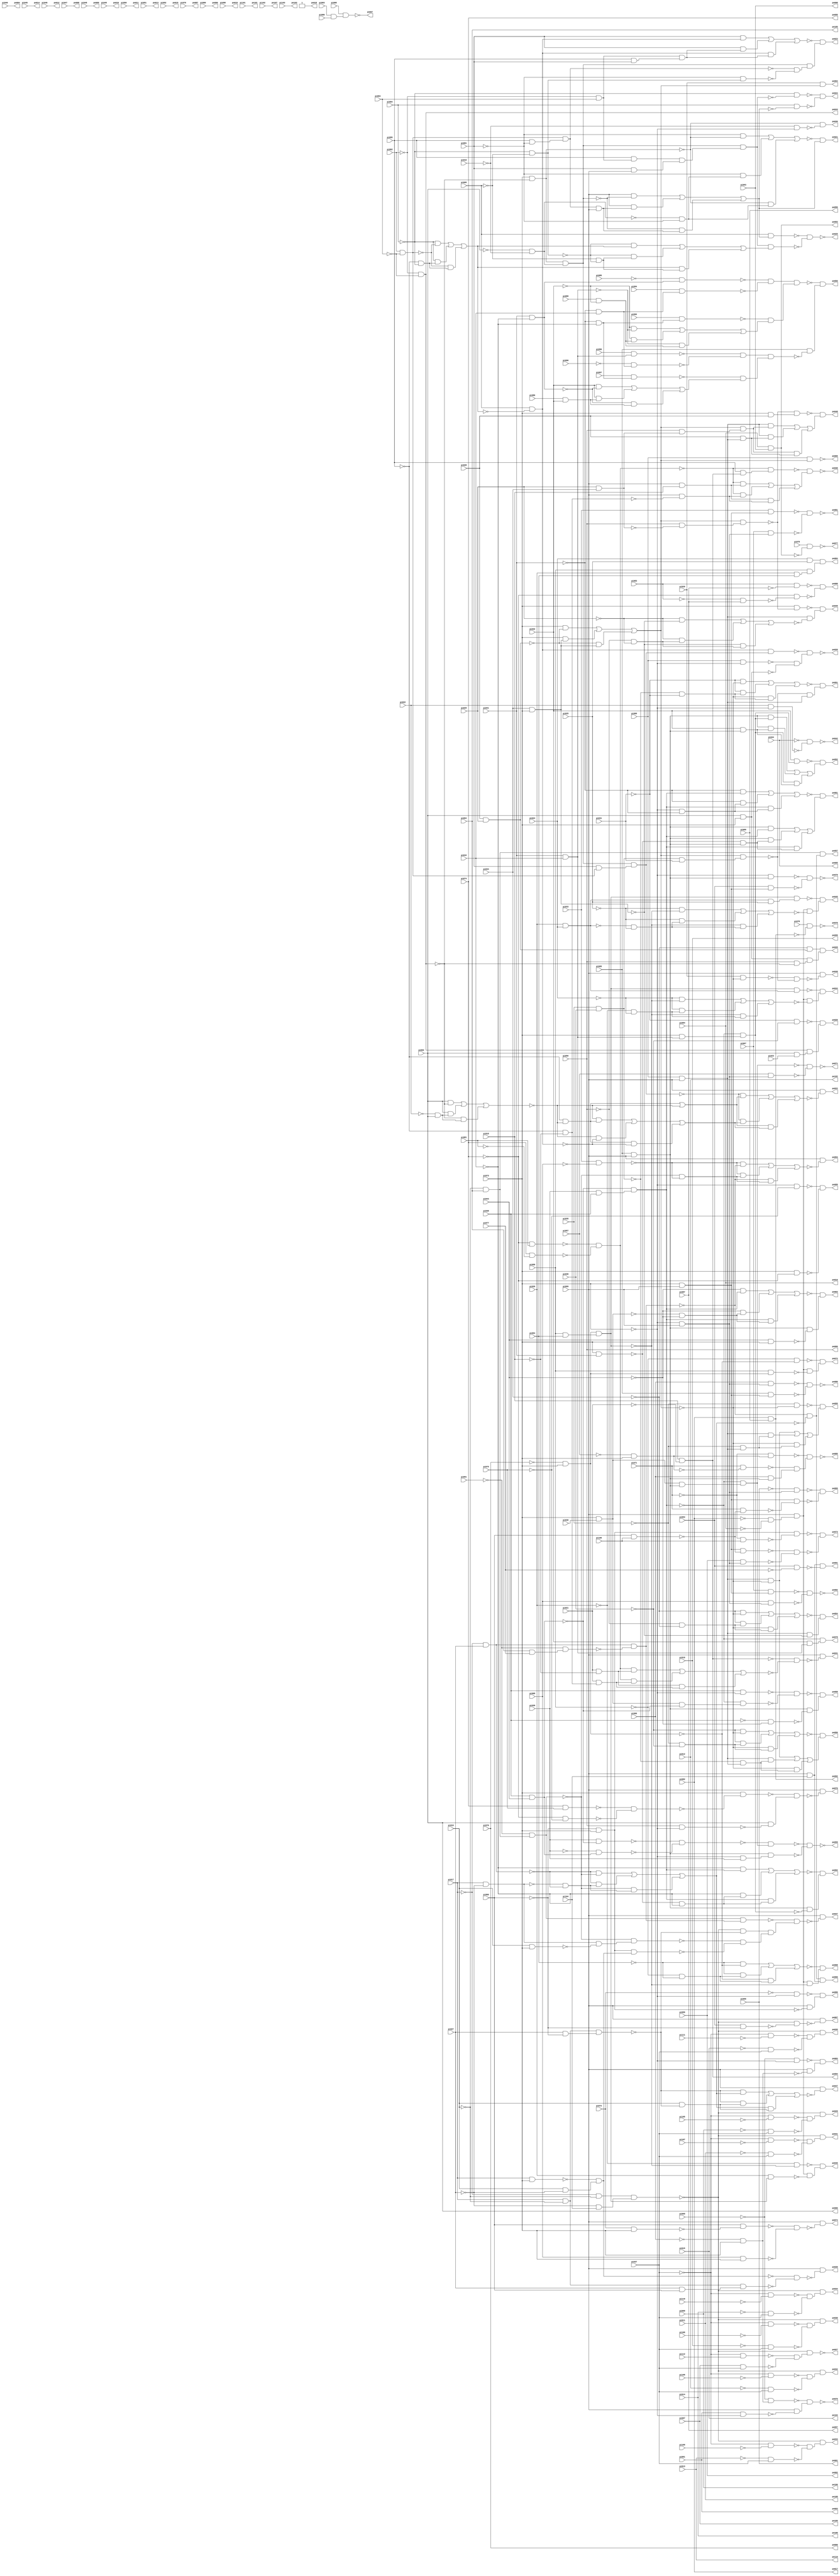
//Written by the Majority Logic Package Thu Apr 30 16:23:17 2015
module top (
            pi000, pi001, pi002, pi003, pi004, pi005, pi006, pi007, pi008, pi009, pi010, pi011, pi012, pi013, pi014, pi015, pi016, pi017, pi018, pi019, pi020, pi021, pi022, pi023, pi024, pi025, pi026, pi027, pi028, pi029, pi030, pi031, pi032, pi033, pi034, pi035, pi036, pi037, pi038, pi039, pi040, pi041, pi042, pi043, pi044, pi045, pi046, pi047, pi048, pi049, pi050, pi051, pi052, pi053, pi054, pi055, pi056, pi057, pi058, pi059, pi060, pi061, pi062, pi063, pi064, pi065, pi066, pi067, pi068, pi069, pi070, pi071, pi072, pi073, pi074, pi075, pi076, pi077, pi078, pi079, pi080, pi081, pi082, pi083, pi084, pi085, pi086, pi087, pi088, pi089, pi090, pi091, pi092, pi093, pi094, pi095, pi096, pi097, pi098, pi099, pi100, pi101, pi102, pi103, pi104, pi105, pi106, pi107, pi108, pi109, pi110, pi111, pi112, 
            po000, po001, po002, po003, po004, po005, po006, po007, po008, po009, po010, po011, po012, po013, po014, po015, po016, po017, po018, po019, po020, po021, po022, po023, po024, po025, po026, po027, po028, po029, po030, po031, po032, po033, po034, po035, po036, po037, po038, po039, po040, po041, po042, po043, po044, po045, po046, po047, po048, po049, po050, po051, po052, po053, po054, po055, po056, po057, po058, po059, po060, po061, po062, po063, po064, po065, po066, po067, po068, po069, po070, po071, po072, po073, po074, po075, po076, po077, po078, po079, po080, po081, po082, po083, po084, po085, po086, po087, po088, po089, po090, po091, po092, po093, po094, po095, po096, po097, po098, po099, po100, po101, po102, po103, po104, po105, po106, po107, po108, po109, po110);
input pi000, pi001, pi002, pi003, pi004, pi005, pi006, pi007, pi008, pi009, pi010, pi011, pi012, pi013, pi014, pi015, pi016, pi017, pi018, pi019, pi020, pi021, pi022, pi023, pi024, pi025, pi026, pi027, pi028, pi029, pi030, pi031, pi032, pi033, pi034, pi035, pi036, pi037, pi038, pi039, pi040, pi041, pi042, pi043, pi044, pi045, pi046, pi047, pi048, pi049, pi050, pi051, pi052, pi053, pi054, pi055, pi056, pi057, pi058, pi059, pi060, pi061, pi062, pi063, pi064, pi065, pi066, pi067, pi068, pi069, pi070, pi071, pi072, pi073, pi074, pi075, pi076, pi077, pi078, pi079, pi080, pi081, pi082, pi083, pi084, pi085, pi086, pi087, pi088, pi089, pi090, pi091, pi092, pi093, pi094, pi095, pi096, pi097, pi098, pi099, pi100, pi101, pi102, pi103, pi104, pi105, pi106, pi107, pi108, pi109, pi110, pi111, pi112;
output po000, po001, po002, po003, po004, po005, po006, po007, po008, po009, po010, po011, po012, po013, po014, po015, po016, po017, po018, po019, po020, po021, po022, po023, po024, po025, po026, po027, po028, po029, po030, po031, po032, po033, po034, po035, po036, po037, po038, po039, po040, po041, po042, po043, po044, po045, po046, po047, po048, po049, po050, po051, po052, po053, po054, po055, po056, po057, po058, po059, po060, po061, po062, po063, po064, po065, po066, po067, po068, po069, po070, po071, po072, po073, po074, po075, po076, po077, po078, po079, po080, po081, po082, po083, po084, po085, po086, po087, po088, po089, po090, po091, po092, po093, po094, po095, po096, po097, po098, po099, po100, po101, po102, po103, po104, po105, po106, po107, po108, po109, po110;
wire one, w0, w1, w2, w3, w4, w5, w6, w7, w8, w9, w10, w11, w12, w13, w14, w15, w16, w17, w18, w19, w20, w21, w22, w23, w24, w25, w26, w27, w28, w29, w30, w31, w32, w33, w34, w35, w36, w37, w38, w39, w40, w41, w42, w43, w44, w45, w46, w47, w48, w49, w50, w51, w52, w53, w54, w55, w56, w57, w58, w59, w60, w61, w62, w63, w64, w65, w66, w67, w68, w69, w70, w71, w72, w73, w74, w75, w76, w77, w78, w79, w80, w81, w82, w83, w84, w85, w86, w87, w88, w89, w90, w91, w92, w93, w94, w95, w96, w97, w98, w99, w100, w101, w102, w103, w104, w105, w106, w107, w108, w109, w110, w111, w112, w113, w114, w115, w116, w117, w118, w119, w120, w121, w122, w123, w124, w125, w126, w127, w128, w129, w130, w131, w132, w133, w134, w135, w136, w137, w138, w139, w140, w141, w142, w143, w144, w145, w146, w147, w148, w149, w150, w151, w152, w153, w154, w155, w156, w157, w158, w159, w160, w161, w162, w163, w164, w165, w166, w167, w168, w169, w170, w171, w172, w173, w174, w175, w176, w177, w178, w179, w180, w181, w182, w183, w184, w185, w186, w187, w188, w189, w190, w191, w192, w193, w194, w195, w196, w197, w198, w199, w200, w201, w202, w203, w204, w205, w206, w207, w208, w209, w210, w211, w212, w213, w214, w215, w216, w217, w218, w219, w220, w221, w222, w223, w224, w225, w226, w227, w228, w229, w230, w231, w232, w233, w234, w235, w236, w237, w238, w239, w240, w241, w242, w243, w244, w245, w246, w247, w248, w249, w250, w251, w252, w253, w254, w255, w256, w257, w258, w259, w260, w261, w262, w263, w264, w265, w266, w267, w268, w269, w270, w271, w272, w273, w274, w275, w276, w277, w278, w279, w280, w281, w282, w283, w284, w285, w286, w287, w288, w289, w290, w291, w292, w293, w294, w295, w296, w297, w298, w299, w300, w301, w302, w303, w304, w305, w306, w307, w308, w309, w310, w311, w312, w313, w314, w315, w316, w317, w318, w319, w320, w321, w322, w323, w324, w325, w326, w327, w328, w329, w330, w331, w332, w333, w334, w335, w336, w337, w338, w339, w340, w341, w342, w343, w344, w345, w346, w347, w348, w349, w350, w351, w352, w353, w354, w355, w356, w357, w358, w359, w360, w361, w362, w363, w364, w365, w366, w367, w368, w369, w370, w371;
assign w0 = w244 & w136;
assign w1 = (w311 & w268) | (w311 & w199) | (w268 & w199);
assign w2 = (~pi004 & ~w281) | (~pi004 & w227) | (~w281 & w227);
assign w3 = ~pi022 & pi002;
assign w4 = w91 & w90;
assign w5 = (~pi041 & w264) | (~pi041 & w363) | (w264 & w363);
assign w6 = pi017 & pi073;
assign w7 = w249 & ~w245;
assign w8 = ~pi041 & pi042;
assign w9 = ~w111 & w350;
assign w10 = pi001 & pi099;
assign w11 = pi001 & w281;
assign w12 = pi073 & ~w47;
assign w13 = w139 & w17;
assign w14 = w53 & w100;
assign w15 = w311 & ~w268;
assign w16 = pi082 & pi089;
assign w17 = ~w299 & ~w239;
assign w18 = ~pi074 & pi081;
assign w19 = w261 & w7;
assign w20 = pi038 & pi043;
assign w21 = ~w336 & w349;
assign w22 = pi083 & ~pi087;
assign w23 = pi099 & ~w278;
assign w24 = ~w226 & ~w103;
assign w25 = (pi001 & w144) | (pi001 & w205) | (w144 & w205);
assign w26 = w77 & ~w85;
assign w27 = ~w59 & w35;
assign w28 = pi078 & ~w16;
assign w29 = w46 | ~w80;
assign w30 = ~w220 & w161;
assign w31 = pi084 & pi093;
assign w32 = ~pi019 & pi064;
assign w33 = ~w5 & w126;
assign w34 = pi079 & ~w31;
assign w35 = ~w351 & ~w72;
assign w36 = ~w111 & w70;
assign w37 = (~w355 & w29) | (~w355 & w258) | (w29 & w258);
assign w38 = pi056 & ~w94;
assign w39 = ~pi037 & ~pi110;
assign w40 = pi088 & ~pi032;
assign w41 = ~pi038 & ~pi043;
assign w42 = (~pi034 & ~w91) | (~pi034 & w182) | (~w91 & w182);
assign w43 = w63 & ~w279;
assign w44 = w166 & w67;
assign w45 = (~pi032 & ~w75) | (~pi032 & w40) | (~w75 & w40);
assign w46 = ~pi095 & ~w80;
assign w47 = ~w150 & ~w131;
assign w48 = ~pi066 & pi073;
assign w49 = w281 & w308;
assign w50 = w314 & w83;
assign w51 = ~w257 & w273;
assign w52 = ~pi037 & ~pi107;
assign w53 = ~w7 & ~w238;
assign w54 = ~w342 & ~w370;
assign w55 = pi033 & w63;
assign w56 = w325 & pi031;
assign w57 = pi095 & w337;
assign w58 = w311 & ~w41;
assign w59 = w144 & w355;
assign w60 = ~w111 & w266;
assign w61 = pi099 & ~w240;
assign w62 = w334 & ~w97;
assign w63 = pi073 & pi099;
assign w64 = ~w218 & w260;
assign w65 = ~pi058 & ~w73;
assign w66 = ~w165 & w251;
assign w67 = ~w323 & w45;
assign w68 = pi099 & ~w344;
assign w69 = ~w193 & ~w255;
assign w70 = ~w287 & ~w223;
assign w71 = ~w19 & w13;
assign w72 = pi002 & pi073;
assign w73 = ~pi070 & pi073;
assign w74 = ~w367 & w21;
assign w75 = pi041 & pi042;
assign w76 = ~w145 & ~w156;
assign w77 = pi000 & pi099;
assign w78 = w72 & w313;
assign w79 = pi099 & ~w250;
assign w80 = (pi002 & ~w288) | (pi002 & w3) | (~w288 & w3);
assign w81 = ~w111 & w338;
assign w82 = ~pi001 & w290;
assign w83 = pi027 & ~pi060;
assign w84 = ~w65 & w189;
assign w85 = pi034 & pi073;
assign w86 = ~w325 & ~pi031;
assign w87 = ~pi015 & pi037;
assign w88 = w334 & ~w152;
assign w89 = pi096 & w75;
assign w90 = pi056 & w94;
assign w91 = (pi073 & ~w280) | (pi073 & w85) | (~w280 & w85);
assign w92 = ~w39 & ~w225;
assign w93 = ~w180 & w339;
assign w94 = pi029 & pi034;
assign w95 = ~w12 & w116;
assign w96 = ~w111 & w107;
assign w97 = (~pi025 & ~w232) | (~pi025 & w222) | (~w232 & w222);
assign w98 = ~w264 & w179;
assign w99 = ~w286 & w77;
assign w100 = pi099 & pi104;
assign w101 = ~pi090 & w8;
assign w102 = ~w55 & ~w362;
assign w103 = pi007 & pi037;
assign w104 = ~w111 & w24;
assign w105 = ~w111 & w253;
assign w106 = ~w292 & ~w137;
assign w107 = ~w187 & ~w87;
assign w108 = ~w204 & ~w340;
assign w109 = pi032 & w75;
assign w110 = pi032 & w268;
assign w111 = w295 & w209;
assign w112 = pi053 & ~pi077;
assign w113 = pi094 & w8;
assign w114 = ~w25 & w0;
assign w115 = pi021 & w213;
assign w116 = pi002 & ~w167;
assign w117 = pi022 & ~pi073;
assign w118 = pi073 & w75;
assign w119 = ~pi044 & ~w117;
assign w120 = ~w186 & w364;
assign w121 = (~w290 & w2) | (~w290 & w318) | (w2 & w318);
assign w122 = pi059 & w293;
assign w123 = ~pi026 & ~pi024;
assign w124 = ~w18 & ~w135;
assign w125 = w312 & w78;
assign w126 = (w311 & w264) | (w311 & w195) | (w264 & w195);
assign w127 = w341 & w10;
assign w128 = pi099 & ~w177;
assign w129 = w32 & w53;
assign w130 = pi099 & ~w254;
assign w131 = ~pi074 & ~pi075;
assign w132 = w232 & w140;
assign w133 = pi020 & w91;
assign w134 = ~w309 & w283;
assign w135 = pi074 & ~pi081;
assign w136 = ~w49 & ~w82;
assign w137 = pi053 & w63;
assign w138 = pi058 & w73;
assign w139 = ~w111 & ~w50;
assign w140 = w188 & pi025;
assign w141 = pi099 & pi018;
assign w142 = ~pi010 & pi037;
assign w143 = (w77 & ~w91) | (w77 & w272) | (~w91 & w272);
assign w144 = pi005 & ~w2;
assign w145 = w315 & ~w303;
assign w146 = pi017 & ~pi027;
assign w147 = ~pi055 & w293;
assign w148 = (w77 & ~w91) | (w77 & w322) | (~w91 & w322);
assign w149 = ~w160 & ~w302;
assign w150 = pi074 & pi075;
assign w151 = pi019 & ~pi027;
assign w152 = pi026 & w232;
assign w153 = pi057 & w293;
assign w154 = w63 & ~w343;
assign w155 = pi020 & ~w91;
assign w156 = ~w43 & ~w122;
assign w157 = ~w264 & w211;
assign w158 = ~w234 & ~w157;
assign w159 = pi024 & pi025;
assign w160 = pi066 & w293;
assign w161 = w288 & w162;
assign w162 = pi002 & pi023;
assign w163 = ~w98 & ~w153;
assign w164 = pi072 & pi073;
assign w165 = (~pi001 & ~w328) | (~pi001 & w262) | (~w328 & w262);
assign w166 = ~w171 & ~w113;
assign w167 = pi056 & ~pi073;
assign w168 = ~pi002 & ~pi016;
assign w169 = pi000 & w91;
assign w170 = ~w158 & w58;
assign w171 = ~pi085 & w185;
assign w172 = w229 & w121;
assign w173 = pi073 & pi041;
assign w174 = ~pi057 & pi073;
assign w175 = ~w146 & ~w249;
assign w176 = ~w300 & w201;
assign w177 = ~w337 & ~w215;
assign w178 = pi033 & ~pi068;
assign w179 = w190 & w311;
assign w180 = (~pi054 & ~w73) | (~pi054 & w259) | (~w73 & w259);
assign w181 = ~w328 & ~w202;
assign w182 = ~pi056 & ~pi034;
assign w183 = pi043 & pi073;
assign w184 = w327 & w134;
assign w185 = pi041 & ~pi042;
assign w186 = ~pi072 & ~pi073;
assign w187 = ~pi037 & ~pi111;
assign w188 = pi026 & pi024;
assign w189 = w334 & ~w138;
assign w190 = pi073 & pi030;
assign w191 = ~w44 & w345;
assign w192 = ~w305 & w99;
assign w193 = pi067 & w63;
assign w194 = pi086 & pi032;
assign w195 = ~w173 & w311;
assign w196 = ~w271 & w88;
assign w197 = pi008 & w207;
assign w198 = ~pi041 & ~pi042;
assign w199 = pi032 & w311;
assign w200 = ~pi013 & pi037;
assign w201 = w77 & ~w228;
assign w202 = ~pi016 & ~pi073;
assign w203 = ~w124 & w57;
assign w204 = ~pi004 & ~w229;
assign w205 = w221 & w216;
assign w206 = ~w22 & ~w247;
assign w207 = pi003 & pi006;
assign w208 = ~w248 & w210;
assign w209 = ~pi027 & pi104;
assign w210 = pi099 & ~w48;
assign w211 = w190 & ~w20;
assign w212 = ~pi082 & ~pi084;
assign w213 = ~pi095 & ~pi018;
assign w214 = w159 & w235;
assign w215 = (w124 & w231) | (w124 & w115) | (w231 & w115);
assign w216 = pi095 & pi001;
assign w217 = pi053 & ~pi060;
assign w218 = w91 & w38;
assign w219 = w314 & w256;
assign w220 = ~pi031 & ~pi036;
assign w221 = ~pi062 & pi063;
assign w222 = ~w188 & ~pi025;
assign w223 = ~pi012 & pi037;
assign w224 = pi005 & w251;
assign w225 = ~pi014 & pi037;
assign w226 = ~pi037 & pi112;
assign w227 = ~pi095 & ~pi004;
assign w228 = (~pi029 & ~w85) | (~pi029 & w310) | (~w85 & w310);
assign w229 = w244 & w127;
assign w230 = pi039 & ~w20;
assign w231 = pi021 & ~pi018;
assign w232 = w73 & w298;
assign w233 = pi099 & ~w213;
assign w234 = pi038 & ~pi073;
assign w235 = pi058 & w265;
assign w236 = pi028 & w77;
assign w237 = w100 & ~w112;
assign w238 = (~w249 & ~w261) | (~w249 & w175) | (~w261 & w175);
assign w239 = w315 & w347;
assign w240 = ~w155 & ~w286;
assign w241 = ~pi039 & w20;
assign w242 = pi019 & ~w50;
assign w243 = pi099 & ~w37;
assign w244 = w328 & w168;
assign w245 = ~pi091 & w369;
assign w246 = ~pi035 & ~w91;
assign w247 = ~pi074 & ~w263;
assign w248 = ~pi069 & ~pi073;
assign w249 = ~pi017 & pi027;
assign w250 = pi061 & ~pi073;
assign w251 = (pi099 & ~w244) | (pi099 & w330) | (~w244 & w330);
assign w252 = w311 & w297;
assign w253 = ~w304 & ~w142;
assign w254 = ~w111 & ~w217;
assign w255 = pi068 & w293;
assign w256 = pi027 & pi060;
assign w257 = w232 & w188;
assign w258 = (~w80 & w46) | (~w80 & ~w144) | (w46 & ~w144);
assign w259 = ~pi058 & ~pi054;
assign w260 = pi073 & pi028;
assign w261 = ~pi091 & w32;
assign w262 = ~w168 & ~pi001;
assign w263 = ~pi083 & pi087;
assign w264 = ~w20 & w269;
assign w265 = pi026 & pi054;
assign w266 = ~w52 & ~w284;
assign w267 = ~pi037 & ~pi109;
assign w268 = ~w264 & w118;
assign w269 = pi039 & pi038;
assign w270 = ~w132 & w62;
assign w271 = ~pi026 & ~w232;
assign w272 = ~pi035 & w77;
assign w273 = w334 & ~w335;
assign w274 = ~pi073 & ~pi075;
assign w275 = (~pi043 & w264) | (~pi043 & w324) | (w264 & w324);
assign w276 = ~w274 & ~w354;
assign w277 = ~w291 & w79;
assign w278 = (~w50 & w238) | (~w50 & w242) | (w238 & w242);
assign w279 = pi060 & pi100;
assign w280 = pi028 & pi029;
assign w281 = pi062 & ~pi063;
assign w282 = ~w285 & w98;
assign w283 = (pi032 & ~w185) | (pi032 & w194) | (~w185 & w194);
assign w284 = ~pi011 & pi037;
assign w285 = ~w230 & ~w241;
assign w286 = w91 & w56;
assign w287 = ~pi037 & ~pi108;
assign w288 = ~pi062 & ~pi063;
assign w289 = ~w326 & w148;
assign w290 = ~pi004 & ~pi005;
assign w291 = ~pi069 & w48;
assign w292 = ~pi073 & w311;
assign w293 = ~pi073 & pi099;
assign w294 = ~w173 & ~pi042;
assign w295 = ~pi017 & ~pi019;
assign w296 = ~pi037 & ~pi105;
assign w297 = ~pi073 & pi039;
assign w298 = pi058 & pi054;
assign w299 = ~w261 & w332;
assign w300 = pi073 & ~w218;
assign w301 = ~w306 & w15;
assign w302 = pi065 & w63;
assign w303 = ~pi071 & pi100;
assign w304 = ~pi037 & ~pi106;
assign w305 = (~pi031 & ~w91) | (~pi031 & w86) | (~w91 & w86);
assign w306 = (~pi042 & w264) | (~pi042 & w294) | (w264 & w294);
assign w307 = ~w261 & ~w178;
assign w308 = pi095 & ~pi001;
assign w309 = pi097 & w198;
assign w310 = ~pi056 & ~pi029;
assign w311 = pi065 & pi099;
assign w312 = ~pi034 & w280;
assign w313 = pi056 & ~w288;
assign w314 = pi017 & ~pi019;
assign w315 = ~pi060 & pi073;
assign w316 = ~w110 & w1;
assign w317 = ~pi009 & pi037;
assign w318 = ~pi005 & ~w290;
assign w319 = pi099 & ~w365;
assign w320 = pi099 & ~w71;
assign w321 = pi019 & pi073;
assign w322 = ~w325 & w77;
assign w323 = pi092 & w198;
assign w324 = ~w190 & ~pi043;
assign w325 = pi035 & pi036;
assign w326 = (~pi036 & ~w91) | (~pi036 & w368) | (~w91 & w368);
assign w327 = ~w89 & ~w101;
assign w328 = pi073 & ~w288;
assign w329 = ~w147 & ~w154;
assign w330 = w49 & pi099;
assign w331 = pi099 & ~w95;
assign w332 = w146 & ~w321;
assign w333 = (w77 & w4) | (w77 & w236) | (w4 & w236);
assign w334 = pi099 & w212;
assign w335 = (~pi024 & ~w232) | (~pi024 & w123) | (~w232 & w123);
assign w336 = pi071 & ~w174;
assign w337 = pi018 & ~pi021;
assign w338 = ~w267 & ~w200;
assign w339 = w334 & ~w232;
assign w340 = pi004 & ~w251;
assign w341 = pi095 & w221;
assign w342 = pi060 & ~w164;
assign w343 = pi071 & ~w279;
assign w344 = ~w347 & ~w219;
assign w345 = pi065 & ~w184;
assign w346 = ~w282 & ~w252;
assign w347 = ~w6 & w151;
assign w348 = ~w246 & w143;
assign w349 = pi066 & w311;
assign w350 = ~w296 & ~w317;
assign w351 = pi000 & ~pi073;
assign w352 = ~w224 & ~w172;
assign w353 = (~w124 & w141) | (~w124 & w233) | (w141 & w233);
assign w354 = pi073 & ~pi074;
assign w355 = w244 & w11;
assign w356 = ~w275 & w358;
assign w357 = ~w42 & w26;
assign w358 = w311 & ~w183;
assign w359 = pi099 & ~w54;
assign w360 = ~w111 & w92;
assign w361 = ~w203 & w353;
assign w362 = pi067 & w293;
assign w363 = ~pi073 & ~pi041;
assign w364 = pi099 & ~w315;
assign w365 = (~w178 & ~w7) | (~w178 & w307) | (~w7 & w307);
assign w366 = ~w264 & w109;
assign w367 = ~pi071 & w174;
assign w368 = ~pi035 & ~pi036;
assign w369 = pi064 & pi077;
assign w370 = pi068 & pi073;
assign w371 = ~w64 & w333;
assign one = 1;
assign po000 = pi070;// level 0
assign po001 = pi055;// level 0
assign po002 = pi059;// level 0
assign po003 = pi061;// level 0
assign po004 = pi040;// level 0
assign po005 = pi044;// level 0
assign po006 = pi002;// level 0
assign po007 = ~w197;// level 2
assign po008 = pi047;// level 0
assign po009 = pi048;// level 0
assign po010 = pi049;// level 0
assign po011 = pi050;// level 0
assign po012 = pi046;// level 0
assign po013 = pi051;// level 0
assign po014 = pi045;// level 0
assign po015 = pi052;// level 0
assign po016 = pi084;// level 0
assign po017 = pi082;// level 0
assign po018 = one;// level 0
assign po019 = pi098;// level 0
assign po020 = ~w27;// level 6
assign po021 = w66;// level 5
assign po022 = w243;// level 6
assign po023 = w114;// level 5
assign po024 = w108;// level 6
assign po025 = ~w352;// level 6
assign po026 = w30;// level 3
assign po027 = ~w104;// level 3
assign po028 = w125;// level 4
assign po029 = w9;// level 3
assign po030 = w105;// level 3
assign po031 = w60;// level 3
assign po032 = w36;// level 3
assign po033 = w81;// level 3
assign po034 = w360;// level 3
assign po035 = w96;// level 3
assign po036 = w181;// level 3
assign po037 = w320;// level 7
assign po038 = ~w361;// level 4
assign po039 = w68;// level 4
assign po040 = w61;// level 5
assign po041 = w128;// level 5
assign po042 = ~w119;// level 2
assign po043 = w288;// level 1
assign po044 = w51;// level 5
assign po045 = w270;// level 5
assign po046 = w196;// level 5
assign po047 = w23;// level 5
assign po048 = w371;// level 5
assign po049 = w176;// level 5
assign po050 = w191;// level 6
assign po051 = w192;// level 5
assign po052 = w316;// level 5
assign po053 = w319;// level 5
assign po054 = w357;// level 4
assign po055 = w348;// level 4
assign po056 = w289;// level 4
assign po057 = w129;// level 5
assign po058 = w170;// level 5
assign po059 = ~w346;// level 5
assign po060 = w14;// level 5
assign po061 = w33;// level 4
assign po062 = w301;// level 5
assign po063 = w356;// level 4
assign po064 = w133;// level 3
assign po065 = ~w169;// level 3
assign po066 = pi056;// level 0
assign po067 = w130;// level 4
assign po068 = w93;// level 4
assign po069 = w329;// level 4
assign po070 = w331;// level 5
assign po071 = ~w163;// level 4
assign po072 = w84;// level 4
assign po073 = w76;// level 4
assign po074 = w359;// level 4
assign po075 = ~w277;// level 3
assign po076 = ~w28;// level 2
assign po077 = ~w34;// level 2
assign po078 = w366;// level 3
assign po079 = ~w106;// level 3
assign po080 = ~w149;// level 3
assign po081 = ~w102;// level 3
assign po082 = ~w69;// level 3
assign po083 = w208;// level 3
assign po084 = w214;// level 3
assign po085 = ~w74;// level 4
assign po086 = w120;// level 3
assign po087 = pi076;// level 0
assign po088 = w206;// level 3
assign po089 = w276;// level 2
assign po090 = pi080;// level 0
assign po091 = w237;// level 2
assign po092 = w16;// level 1
assign po093 = w31;// level 1
assign po094 = w337;// level 1
assign po095 = pi074;// level 0
assign po096 = pi089;// level 0
assign po097 = pi087;// level 0
assign po098 = pi093;// level 0
assign po099 = pi010;// level 0
assign po100 = pi014;// level 0
assign po101 = pi101;// level 0
assign po102 = pi012;// level 0
assign po103 = pi103;// level 0
assign po104 = pi015;// level 0
assign po105 = pi064;// level 0
assign po106 = pi009;// level 0
assign po107 = pi102;// level 0
assign po108 = pi011;// level 0
assign po109 = pi007;// level 0
assign po110 = pi013;// level 0
endmodule